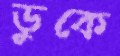
ডুকে